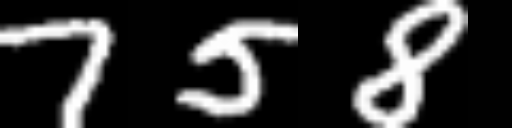
Text: 758